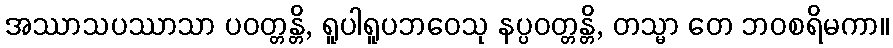
အဿာသပဿာသာ ပဝတ္တန္တိ, ရူပါရူပဘဝေသု နပ္ပဝတ္တန္တိ, တသ္မာ တေ ဘဝစရိမကာ။